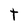
Character: T